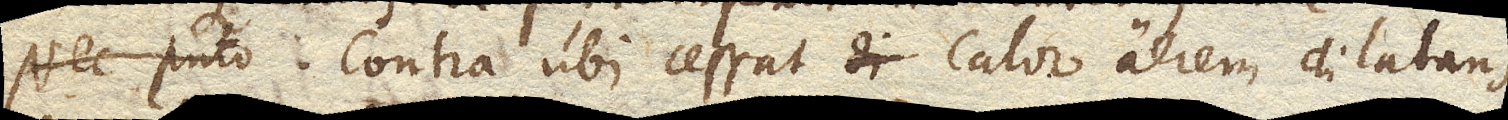
Nec puto Contra ubi cessat calor aerem dilatans,